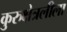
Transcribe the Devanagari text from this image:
कुरुक्षेत्रलीला